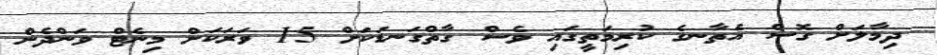
ދިމާލަށް ގޮސް އެތާނގެ ކުރިމަތީގައި ވެސް ގާތްގަނޑަކަށް 15 ވަރަކަށް މިނެޓް ވަންދެން